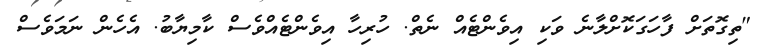
"ތިގޮތަށް ފާހަގަކޮށްލާނެ ވަކި އިވެންޓެއް ނެތް. ހުރިހާ އިވެންޓެއްވެސް ކާމިޔާބު. އެހެން ނަމަވެސް